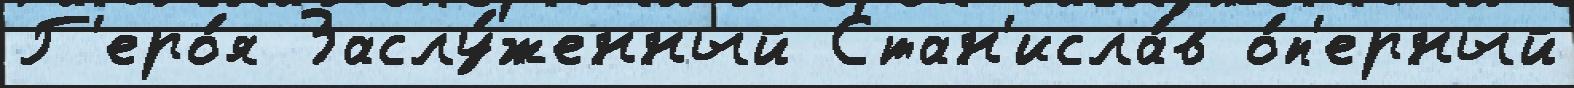
Г'еро́я Заслу́женный Стан'исла́в о́п'ерный